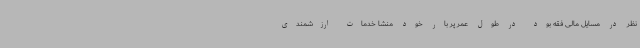
نظر در مسایل مالی فقه بود در طول عمر پر بار خود منشا خدمات ارزشمندی